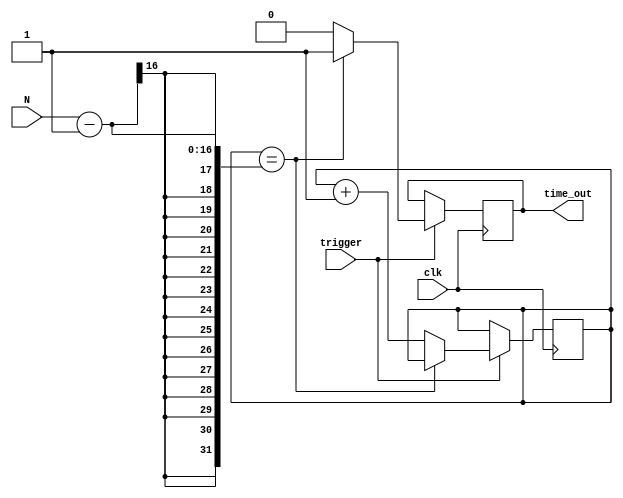
module delay (
N,
clk,
trigger,
time_out
);

input [15:0] N;
input clk, trigger;
output reg time_out;
initial time_out=0;
initial count=0;
reg [15:0] count;

always @ (posedge clk)
 if (trigger==1'b1)begin
		if (count==N-1) begin
			time_out<=1'b1;
		end
		else begin
			time_out<=1'b0;
			count<=count+1'b1;
		end
end
endmodule